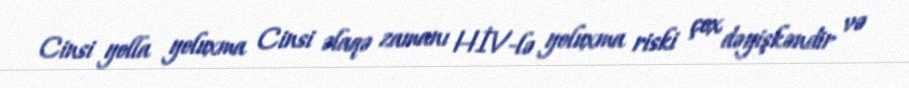
Cinsi yolla yoluxma Cinsi əlaqə zamanı HİV-lə yoluxma riski çox dəyişkəndir və